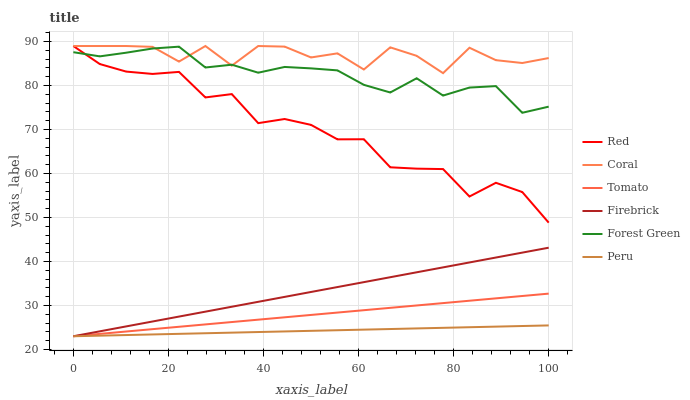
| xaxis_label | Red | Coral | Tomato | Firebrick | Forest Green | Peru |
 | --- | --- | --- | --- | --- | --- | --- |
 | 0 | 89 | 89 | 23 | 23 | 87.6 | 23 |
 | 5.56 | 84.9 | 89 | 23.5 | 24.1 | 86.6 | 23.1 |
 | 11.1 | 83.2 | 89 | 24.1 | 25.2 | 87.5 | 23.3 |
 | 16.7 | 82.7 | 88.8 | 24.6 | 26.4 | 88.4 | 23.4 |
 | 22.2 | 83.1 | 85.5 | 25.2 | 27.5 | 88.8 | 23.5 |
 | 27.8 | 77.3 | 89 | 25.7 | 28.6 | 84.1 | 23.7 |
 | 33.3 | 78.1 | 84.5 | 26.2 | 29.7 | 84.7 | 23.8 |
 | 38.9 | 71.5 | 89 | 26.8 | 30.8 | 82.9 | 24 |
 | 44.4 | 72.4 | 88.9 | 27.3 | 31.9 | 84.2 | 24.1 |
 | 50 | 71.1 | 86.4 | 27.8 | 33.1 | 83.9 | 24.2 |
 | 55.6 | 67.8 | 87.3 | 28.4 | 34.2 | 83.5 | 24.4 |
 | 61.1 | 67.8 | 83.7 | 28.9 | 35.3 | 80.2 | 24.5 |
 | 66.7 | 61.4 | 88.7 | 29.5 | 36.4 | 78.4 | 24.6 |
 | 72.2 | 61.1 | 86.8 | 30 | 37.5 | 81.7 | 24.8 |
 | 77.8 | 61 | 82.8 | 30.5 | 38.7 | 77.7 | 24.9 |
 | 83.3 | 54.8 | 88.6 | 31.1 | 39.8 | 79.6 | 25.1 |
 | 88.9 | 57.9 | 85.8 | 31.6 | 40.9 | 79.9 | 25.2 |
 | 94.4 | 55.8 | 85.1 | 32.2 | 42 | 73.8 | 25.3 |
 | 100 | 48.8 | 86.3 | 32.7 | 43.1 | 75.2 | 25.5 |